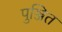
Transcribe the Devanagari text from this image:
पुञ्जित